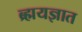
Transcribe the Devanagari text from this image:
ब्र्ह्मयज्ञात